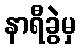
နာရီခွဲမှ